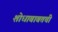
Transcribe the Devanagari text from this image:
शोधाबाबतची